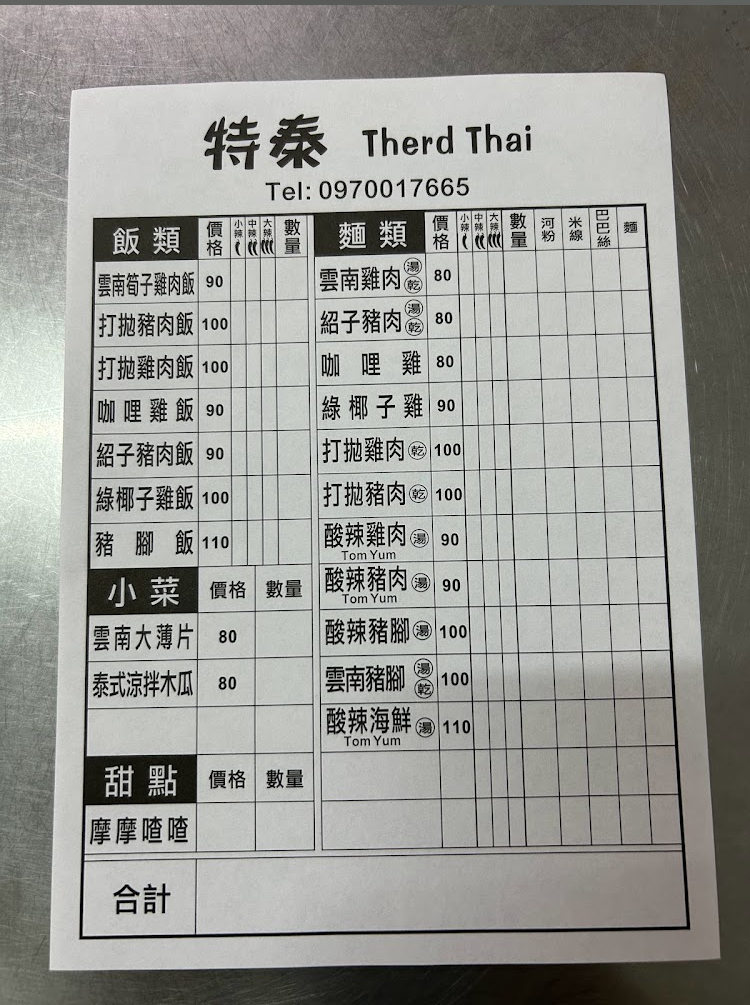
餐廳：特泰TherdThai
電話：0970017665
菜單：
name: 雲南筍子雞肉飯
price: 90
name: 打拋豬肉飯
price: 100
name: 打拋雞肉飯
price: 100
name: 咖哩雞飯
price: 90
name: 紹子豬肉飯
price: 90
name: 綠椰子雞飯
price: 100
name: 豬腳飯
price: 110
name: 雲南大薄片
price: 80
name: 泰式涼拌木瓜
price: 80
name: 雲南雞肉
price: 80
name: 紹子豬肉
price: 80
name: 咖哩雞
price: 80
name: 綠椰子雞
price: 90
name: 打拋雞肉
price: 100
name: 打拋豬肉
price: 100
name: 酸辣雞肉
price: 90
name: 酸辣豬肉
price: 90
name: 酸辣豬腳
price: 100
name: 雲南豬腳
price: 100
name: 酸辣海鮮
price: 110
name: 摩摩喳喳
price: -1